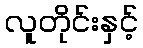
လူတိုင်းနှင့်